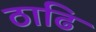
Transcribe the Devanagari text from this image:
ठाढि